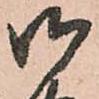
御